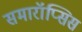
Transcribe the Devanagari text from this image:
समारॉप्सिस